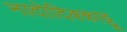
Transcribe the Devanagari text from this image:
नादोदिक्काट्टू